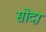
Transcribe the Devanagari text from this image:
सोदा